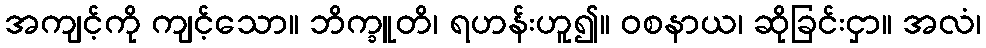
အကျင့်ကို ကျင့်သော။ ဘိက္ခူတိ၊ ရဟန်းဟူ၍။ ဝစနာယ၊ ဆိုခြင်းငှာ။ အလံ၊